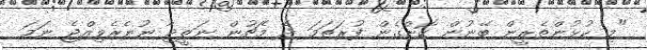
"މި ކުޅުންތެރީން ބޭނުން ކޮށްގެން ފުރަތަމަ ދެ މެޗުން ނަތީޖާ ނުނެރެވިއްޖެ ނަމަ